Civil Veterinary Dept. Bombay admin report 1932-41 - 1932-1941
Year: 1932
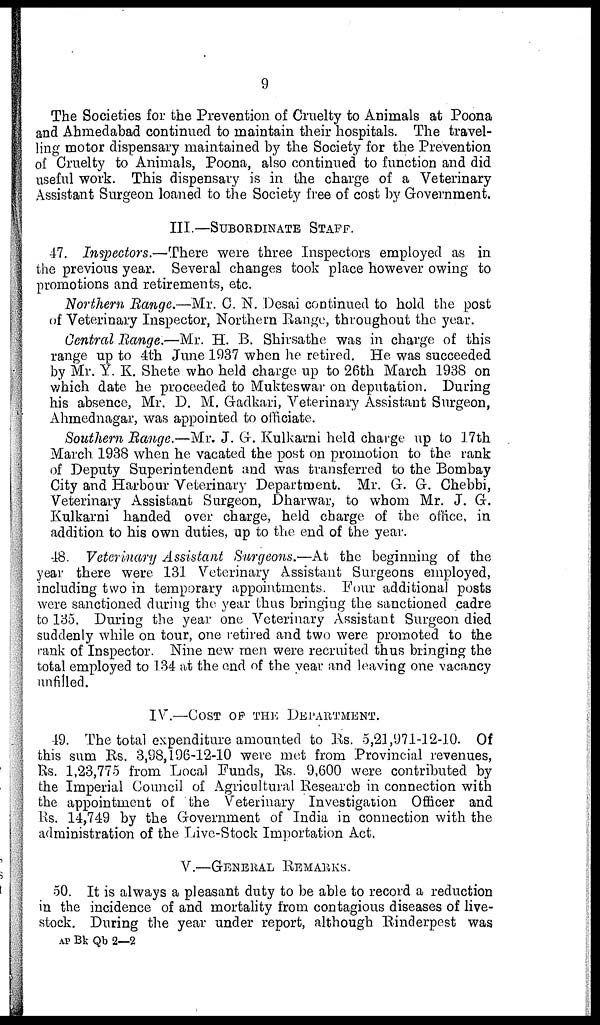
9
The Societies for the Prevention of Cruelty to Animals at Poona
and Ahmedabad continued to maintain their hospitals. The travel-
ling motor dispensary maintained by the Society for the Prevention
of Cruelty to Animals, Poona, also continued to function and did
useful work. This dispensary is in the charge of a Veterinary
Assistant Surgeon loaned to the Society free of cost by Government.
III.—SUBORDINATE STAFF
47. Inspectors.—There were three Inspectors employed as in
the previous year. Several changes took place however owing to
promotions and retirements, etc.
Northern Range.—Mr. C. N. Desai continued to hold the post
of Veterinary Inspector, Northern Range, throughout the year.
Central Range.—Mr. H. B. Shirsathe was in charge of this
range up to 4th June 1937 when he retired. He was succeeded
by Mr. Y. K. Shete who held charge up to 26th March 1938 on
which date he proceeded to Mukteswar on deputation. During
his absence, Mr. D. M. Gadkari, Veterinary Assistant Surgeon,
Ahmednagar, was appointed to officiate.
Southern Range.—Mr. J. G. Kulkarni held charge up to 17th
March 1938 when he vacated the post on promotion to the rank
of Deputy Superintendent and was transferred to the Bombay
City and Harbour Veterinary Department. Mr. G. G. Chebbi,
Veterinary Assistant Surgeon, Dharwar, to whom Mr. J. G.
Kulkarni handed over charge, held charge of the office, in
addition to his own duties, up to the end of the year.
48. Veterinary Assistant Surgeons.—At the beginning of the
year there were 131 Veterinary Assistant Surgeons employed,
including two in temporary appointments. Four additional posts
were sanctioned during the year thus bringing the sanctioned cadre
to 135. During the year one Veterinary Assistant Surgeon died
suddenly while on tour, one retired and two were promoted to the
rank of Inspector. Nine new men were recruited thus bringing the
total employed to 134 at the end of the year and leaving one vacancy
IV.—COST OF THE DEPARTMENT
49. The total expenditure amounted to Rs. 5,21,971-12-10. Of
this sum Rs. 3,98,196-12-10 were met from Provincial revenues,
Rs. 1,23,775 from Local Funds, Rs. 9,600 were contributed by
the Imperial Council of Agricultural Research in connection with
the appointment of the Veterinary Investigation Officer and
Rs. 14,749 by the Government of India in connection with the
administration of the Live-Stock Importation Act.
V.—GENERAL REMARKS
50. It is always a pleasant duty to be able to record a reduction
in the incidence of and mortality from contagious diseases of live-
stock. During the year under report, although Rinderpest was
AP Bk Qb 2—2